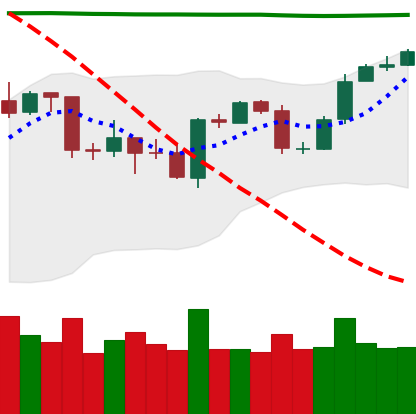
Ticker: BTC-USD
Chart end date: 2020-04-26
Forward return: 15.429%
Label: up_7plus